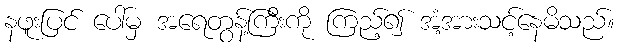
နဖူးပြင် ပေါ်မှ အရေတွန့်ကြီးကို ကြည့်၍ အံ့အားသင့်နေမိသည်။